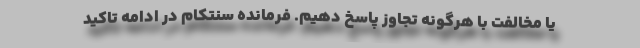
یا مخالفت با هرگونه تجاوز پاسخ دهیم. فرمانده سنتکام در ادامه تاکید